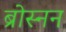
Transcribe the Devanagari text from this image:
ब्रोस्नन